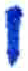
אות: י